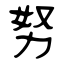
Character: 努